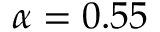
\alpha = 0 . 5 5